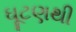
ઘૂટણથી